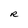
Character: R